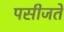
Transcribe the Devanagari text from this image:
पसीजते